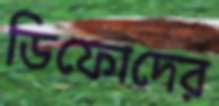
ডিফোদের